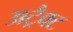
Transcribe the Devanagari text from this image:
अट्रैक्ट